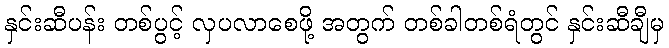
နှင်းဆီပန်း တစ်ပွင့် လှပလာစေဖို့ အတွက် တစ်ခါတစ်ရံတွင် နှင်းဆီချီမှ